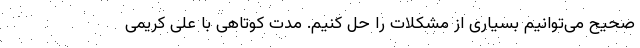
صحیح می‌توانیم بسیاری از مشکلات را حل کنیم. مدت کوتاهی با علی کریمی